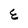
Character: E